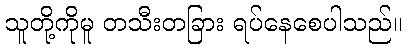
သူတို့ကိုမူ တသီးတခြား ရပ်နေစေပါသည်။